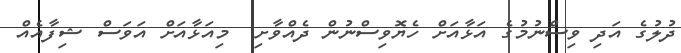
ދުލުގެ އަދި ވިސްނުމުގެ އަޅާއަށް ހެޔޮވިސްނުން ދެއްވާށި  މިއަޅާއަށް އަވަސް ޝިފާއެއް